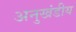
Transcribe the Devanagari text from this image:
अनुखंडीय